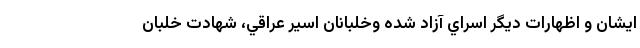
ايشان و اظهارات ديگر اسراي آزاد شده وخلبانان اسير عراقي، شهادت خلبان